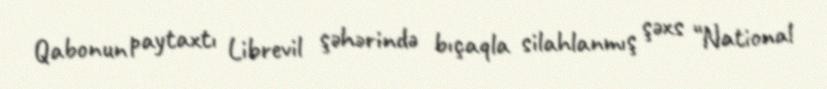
Qabonun paytaxtı Librevil şəhərində bıçaqla silahlanmış şəxs “National